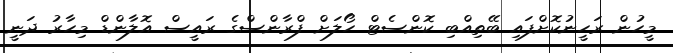
މީހުން ރަހީނުކޮށްފައި ބޭތިއްބި ކޮންސެޓް ހޯލަށް ފްރާންސްގެ ރައީސް އޮލާންޑް މިހާރު ދަނީ